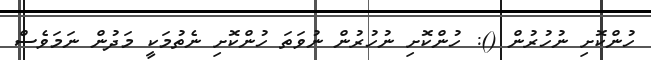
ހުންކޮށި ނުހުރުން (): ހުންކޮށި ނުހުރުން ނުވަތަ ހުންކޮށި ނެތުމަކީ މަދުން ނަމަވެސް